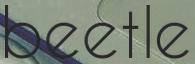
beetle